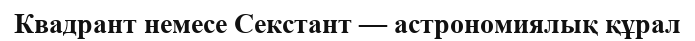
Квадрант немесе Секстант — астрономиялық құрал